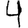
Digit: 4